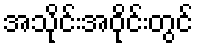
အသိုင်းအဝိုင်းတွင်